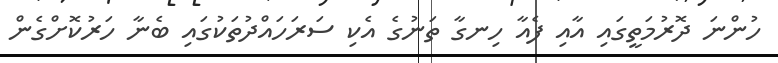
ހުންނަ ދޮރުމަތީގައި އާއި ފެއާ ހިނގާ ތަނުގެ އެކި ސަރަހައްދުތަކުގައި ބެނާ ހަރުކޮށްގެން